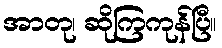
အာတု၊ ဆိုကြကုန်ပြီ။